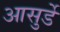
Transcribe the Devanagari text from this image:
आसुर्डे